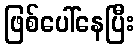
ဖြစ်ပေါ်နေပြီး